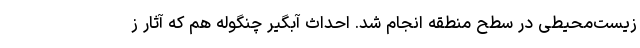
زیست‌محیطی در سطح منطقه انجام شد. احداث آبگیر چنگوله هم که آثار ز